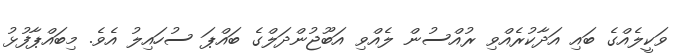
ވަކީލެއްގެ ބައި އަދާކުރެއްވި ރުއްސުން ލެއްވި އަބޫޖުންދަލްގެ ބައްޕަ ސުހައިލު އެވެ. މިބައްޕާފުޅު